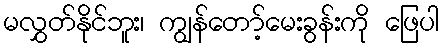
မလွှတ်နိုင်ဘူး၊ ကျွန်တော့်မေးခွန်းကို ဖြေပါ